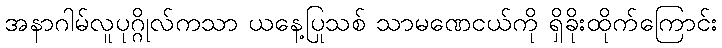
အနာဂါမ်လူပုဂ္ဂိုလ်ကသာ ယနေ့ပြုသစ် သာမဏေငယ်ကို ရှိခိုးထိုက်ကြောင်း